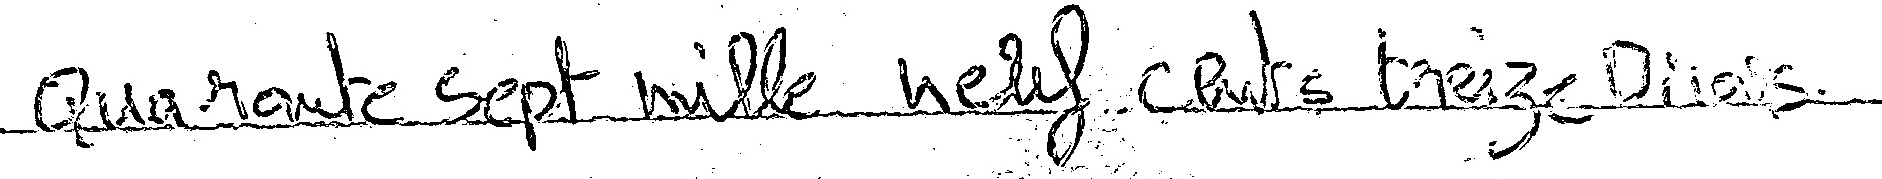
Quarante Sept mille neuf cents treize Dinars